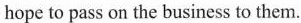
hope to pass on the business to them.